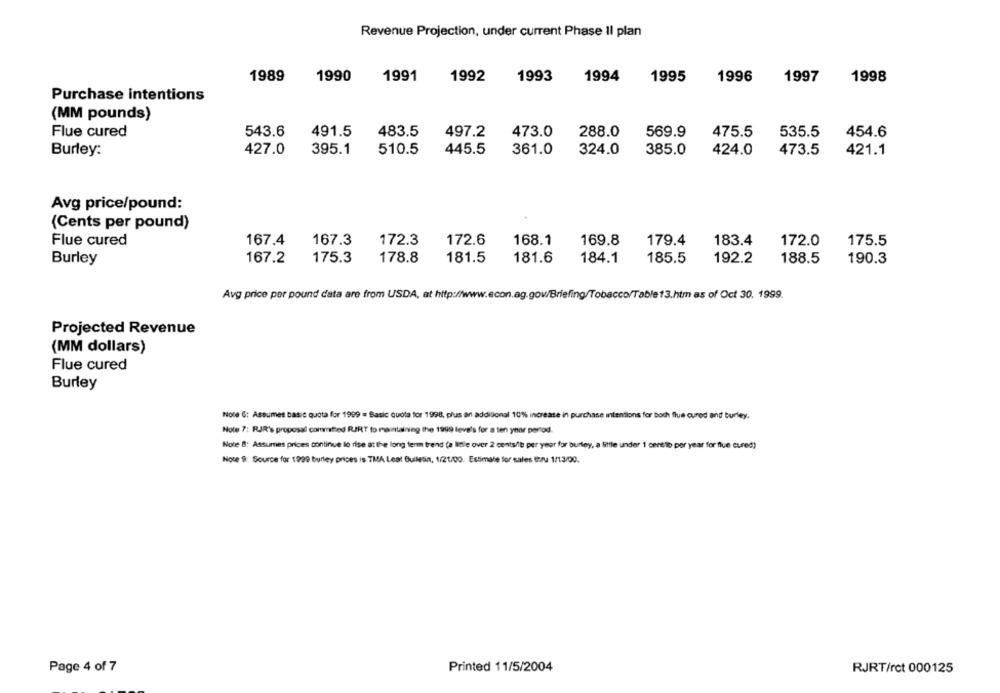
Revenue Projection, under current Phase Il plan
1989
1990
1991
1992
1993
1994
1995
1996
1997
1998
Purchase intentions
(MM pounds)
491.5
483.5
Flue cured
543.6
497.2
473.0
288.0
569.9
475.5
535.5
454.6
Burley:
427.0
395.1
510.5
445.5
361.0
324.0
385.0
424.0
473.5
421.1
Avg price/pound:
(Cents per pound)
Flue cured
167.4
167.3
172.3
172.6
168.1
169.8
179.4
183.4
172.0
175.5
Burley
167.2
175.3
178.8
181.5
181.6
184.1
185.5
192.2
188.5
190.3
Avg price per pound data are from USDA, at http://www.econ.ag.gov/Briefing/Tobacco/Table13.htm as of Oct 30, 1999.
Projected Revenue
(MM dollars)
Flue cured
Burley
Note G: Assumes basic quota for 1999 = Basic quota for 1998, plus an additional 10% increase in purchase intentions for both flue cured and burley.
Note 7: RJR's proposal committed RJRT to maintaining the 1999 leve's for a ten year period.
Note 8: Assumes prices continue lo rise at the long term trend (a little over 2 cents/lb per year for burley, a little under 1 centto per year for flue cured)
Note 9: Source for 1999 burley prices is TMA Leat Bulletin, 1/21/00. Estimate for sales thru 1/13/00.
Page 4 of 7
Printed 11/5/2004
RJRT/rct 000125